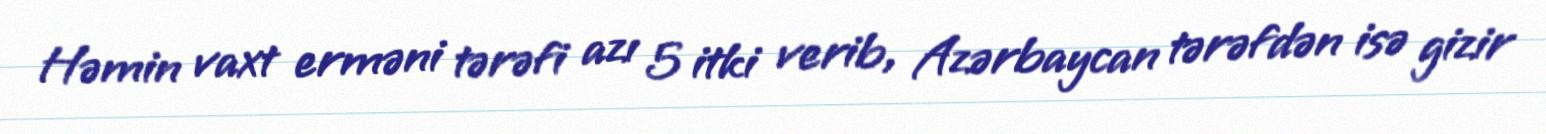
Həmin vaxt erməni tərəfi azı 5 itki verib, Azərbaycan tərəfdən isə gizir